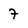
Character: 7